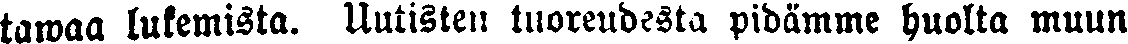
tawaa lukemista. Uutisten tuoreudesta pidämme huolta muun